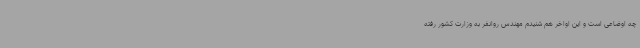
چه اوضاعی است و این اواخر هم شنیدم مهندس روانفر به وزارت کشور رفته